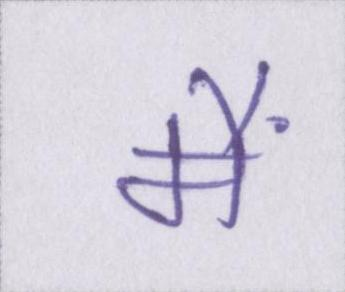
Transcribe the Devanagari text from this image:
मैं